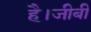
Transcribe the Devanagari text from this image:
है।जीबी